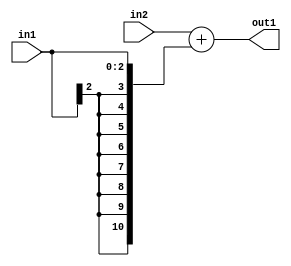
`timescale 1ps / 1ps
/*****************************************************************************
    Verilog RTL Description
    
    
    Created by: Stratus DpOpt 2019.1.01 
*******************************************************************************/

module SobelFilter_Add_9Ux3S_11S_4 (
	in2,
	in1,
	out1
	); /* architecture "behavioural" */ 
input [8:0] in2;
input [2:0] in1;
output [10:0] out1;
wire [10:0] asc001;

assign asc001 = 
	+(in2)
	+({{8{in1[2]}}, in1});

assign out1 = asc001;
endmodule

/* CADENCE  ubH5Sgs= : u9/ySgnWtBlWxVPRXgAZ4Og= ** DO NOT EDIT THIS LINE ******/